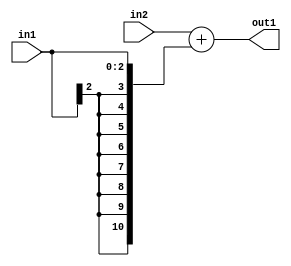
`timescale 1ps / 1ps
/*****************************************************************************
    Verilog RTL Description
    
    
    Created by: Stratus DpOpt 2019.1.01 
*******************************************************************************/

module SobelFilter_Add_9Ux3S_11S_4 (
	in2,
	in1,
	out1
	); /* architecture "behavioural" */ 
input [8:0] in2;
input [2:0] in1;
output [10:0] out1;
wire [10:0] asc001;

assign asc001 = 
	+(in2)
	+({{8{in1[2]}}, in1});

assign out1 = asc001;
endmodule

/* CADENCE  ubH5Sgs= : u9/ySgnWtBlWxVPRXgAZ4Og= ** DO NOT EDIT THIS LINE ******/